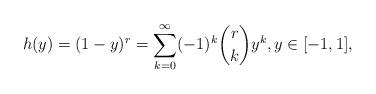
LaTeX: \begin{align*}h(y) = (1 - y)^r = \sum_{k=0}^{\infty} (-1)^k \binom{r}{k} y^k,y \in [-1, 1],\end{align*}